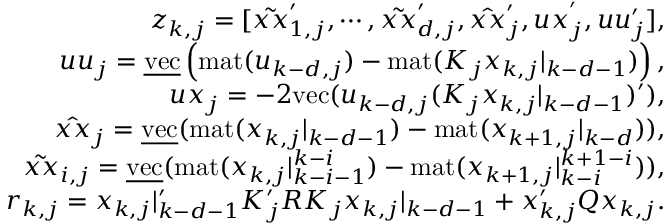
\begin{array} { r l r } & { } & { z _ { k , j } = [ \tilde { x x } _ { 1 , j } ^ { \prime } , \cdots , \tilde { x x } _ { d , j } ^ { \prime } , \hat { x x } _ { j } ^ { \prime } , u x _ { j } ^ { ' } , u u _ { j } ^ { \prime } ] , } \\ & { } & { u u _ { j } = \underline { { \mathrm { v e c } } } \left( \mathrm { m a t } ( u _ { k - d , j } ) - \mathrm { m a t } ( K _ { j } x _ { k , j } | _ { k - d - 1 } ) \right) , } \\ & { } & { u x _ { j } = - 2 \mathrm { v e c } ( u _ { k - d , j } ( K _ { j } x _ { k , j } | _ { k - d - 1 } ) ^ { \prime } ) , } \\ & { } & { \hat { x x } _ { j } = \underline { { \mathrm { v e c } } } ( \mathrm { m a t } ( x _ { k , j } | _ { k - d - 1 } ) - \mathrm { m a t } ( x _ { k + 1 , j } | _ { k - d } ) ) , } \\ & { } & { \tilde { x x } _ { i , j } = \underline { { \mathrm { v e c } } } ( \mathrm { m a t } ( x _ { k , j } | _ { k - i - 1 } ^ { k - i } ) - \mathrm { m a t } ( x _ { k + 1 , j } | _ { k - i } ^ { k + 1 - i } ) ) , } \\ & { } & { r _ { k , j } = x _ { k , j } | _ { k - d - 1 } ^ { \prime } K _ { j } ^ { \prime } R K _ { j } x _ { k , j } | _ { k - d - 1 } + x _ { k , j } ^ { \prime } Q x _ { k , j } . } \end{array}